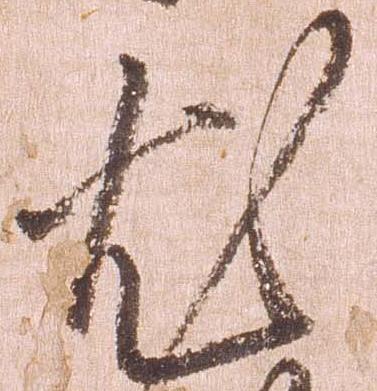
尤